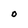
Character: O